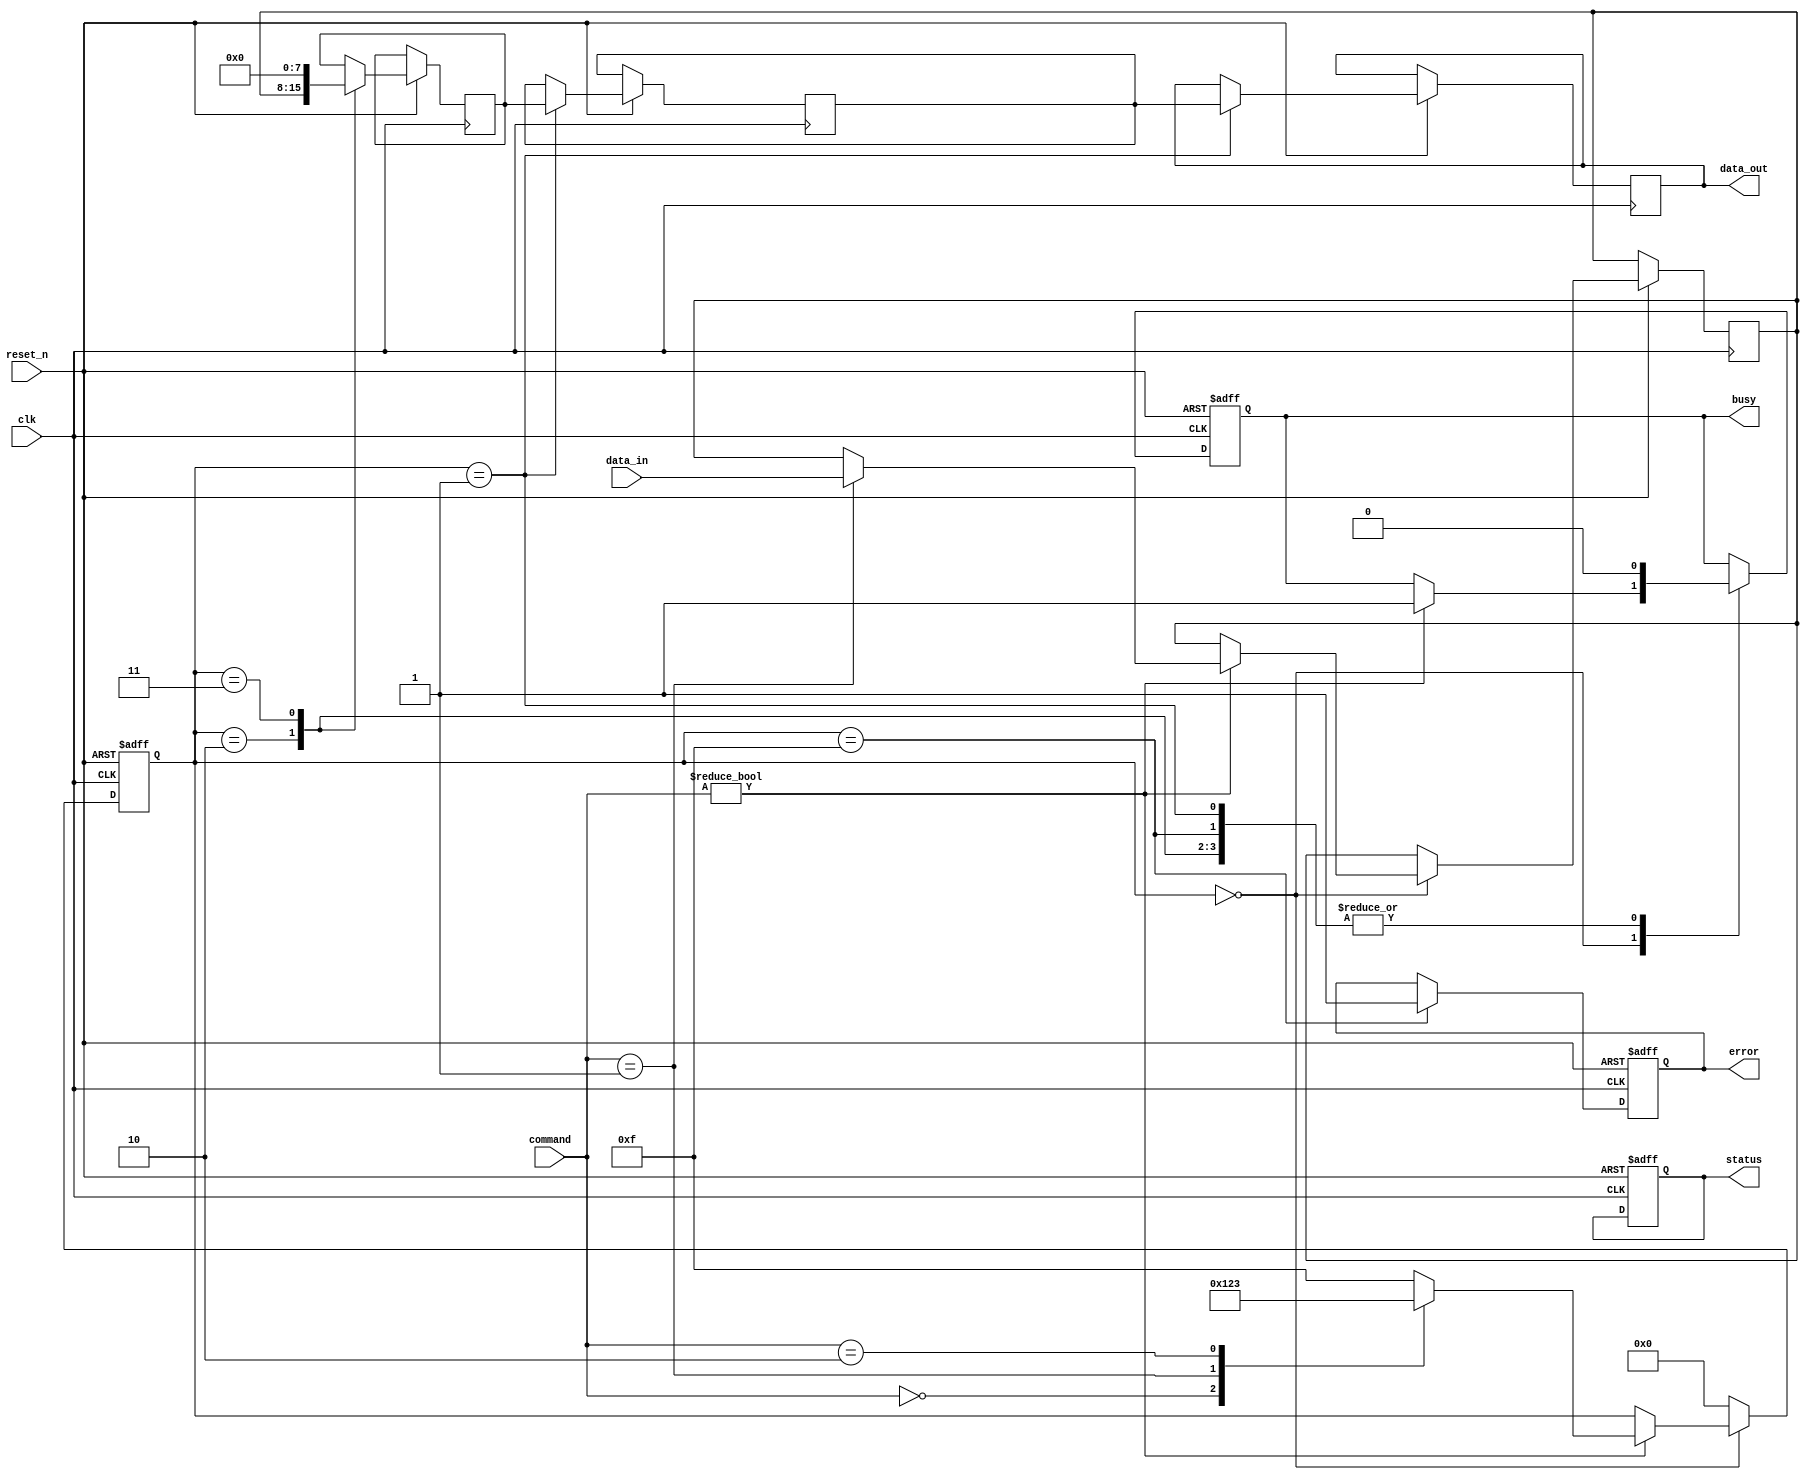
module tlc_nand_io (
    input wire clk,                   // Clock input
    input wire reset_n,               // Active low reset
    input wire [7:0] data_in,         // Data input from external controller
    input wire [1:0] command,         // Command input (00: Read, 01: Write, 10: Erase)
    output reg [7:0] data_out,        // Data output to external controller
    output reg busy,                  // Busy signal
    output reg error,                 // Error signal
    output reg [7:0] status           // Status register
);

    reg [7:0] memory_array [0:255];   // Simplified memory array (256 x 8 bits)
    reg [7:0] write_buffer;            // Write buffer
    reg [7:0] read_buffer;             // Read buffer
    reg [3:0] state;                   // State for timing control

    // State encoding
    localparam IDLE   = 4'b0000;
    localparam READ   = 4'b0001;
    localparam WRITE  = 4'b0010;
    localparam ERASE  = 4'b0011;
    localparam ERROR  = 4'b1111;

    // Command decoding and operation control
    always @(posedge clk or negedge reset_n) begin
        if (!reset_n) begin
            busy <= 0;
            error <= 0;
            status <= 0;
            state <= IDLE;
        end else begin
            case (state)
                IDLE: begin
                    if (command != 2'b00) begin
                        busy <= 1;
                        case (command)
                            2'b00: state <= READ;   // Read command
                            2'b01: begin              // Write command
                                write_buffer <= data_in;
                                state <= WRITE;
                            end
                            2'b10: state <= ERASE;   // Erase command
                            default: state <= ERROR; // Invalid command
                        endcase
                    end
                end
                READ: begin
                    read_buffer <= memory_array[0];  // Read from memory (simplified)
                    data_out <= read_buffer;
                    busy <= 0;
                    state <= IDLE;
                end
                WRITE: begin
                    memory_array[0] <= write_buffer; // Write to memory (simplified)
                    busy <= 0;
                    state <= IDLE;
                end
                ERASE: begin
                    memory_array[0] <= 8'b00000000; // Erase memory (simplified)
                    busy <= 0;
                    state <= IDLE;
                end
                ERROR: begin
                    error <= 1; // Set error signal
                    busy <= 0;
                    state <= IDLE;
                end
                default: state <= IDLE;
            endcase
        end
    end

endmodule